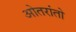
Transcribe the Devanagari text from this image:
ओतरांतो